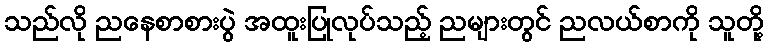
သည်လို ညနေစာစားပွဲ အထူးပြုလုပ်သည့် ညများတွင် ညလယ်စာကို သူတို့